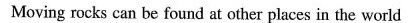
Moving rocks can be found at other places in the world